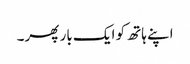
اپنے ہاتھ کو ایک بار پھر۔